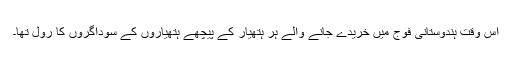
اس وقت ہندوستانی فوج میں خریدے جانے والے ہر ہتھیار کے پیچھے ہتھیاروں کے سوداگروں کا رول تھا۔